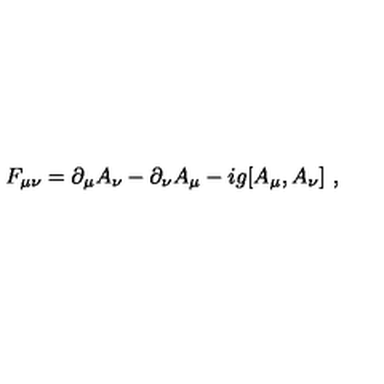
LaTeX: F _ { \mu \nu } = \partial _ { \mu } A _ { \nu } - \partial _ { \nu } A _ { \mu } - i g [ A _ { \mu } , A _ { \nu } ] \ ,